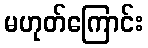
မဟုတ်ကြောင်း